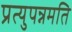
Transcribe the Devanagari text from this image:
प्रत्युपन्नमति